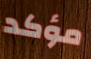
مؤكد